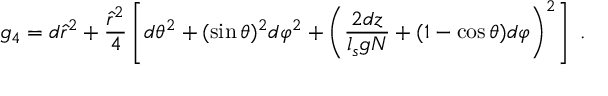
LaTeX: g _ { 4 } = d \hat { r } ^ { 2 } + \frac { \hat { r } ^ { 2 } } { 4 } \left[ d \theta ^ { 2 } + ( \sin \theta ) ^ { 2 } d \varphi ^ { 2 } + \left( \frac { 2 d z } { l _ { s } g N } + ( 1 - \cos \theta ) d \varphi \right) ^ { 2 } \right] ~ .